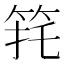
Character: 𮅈